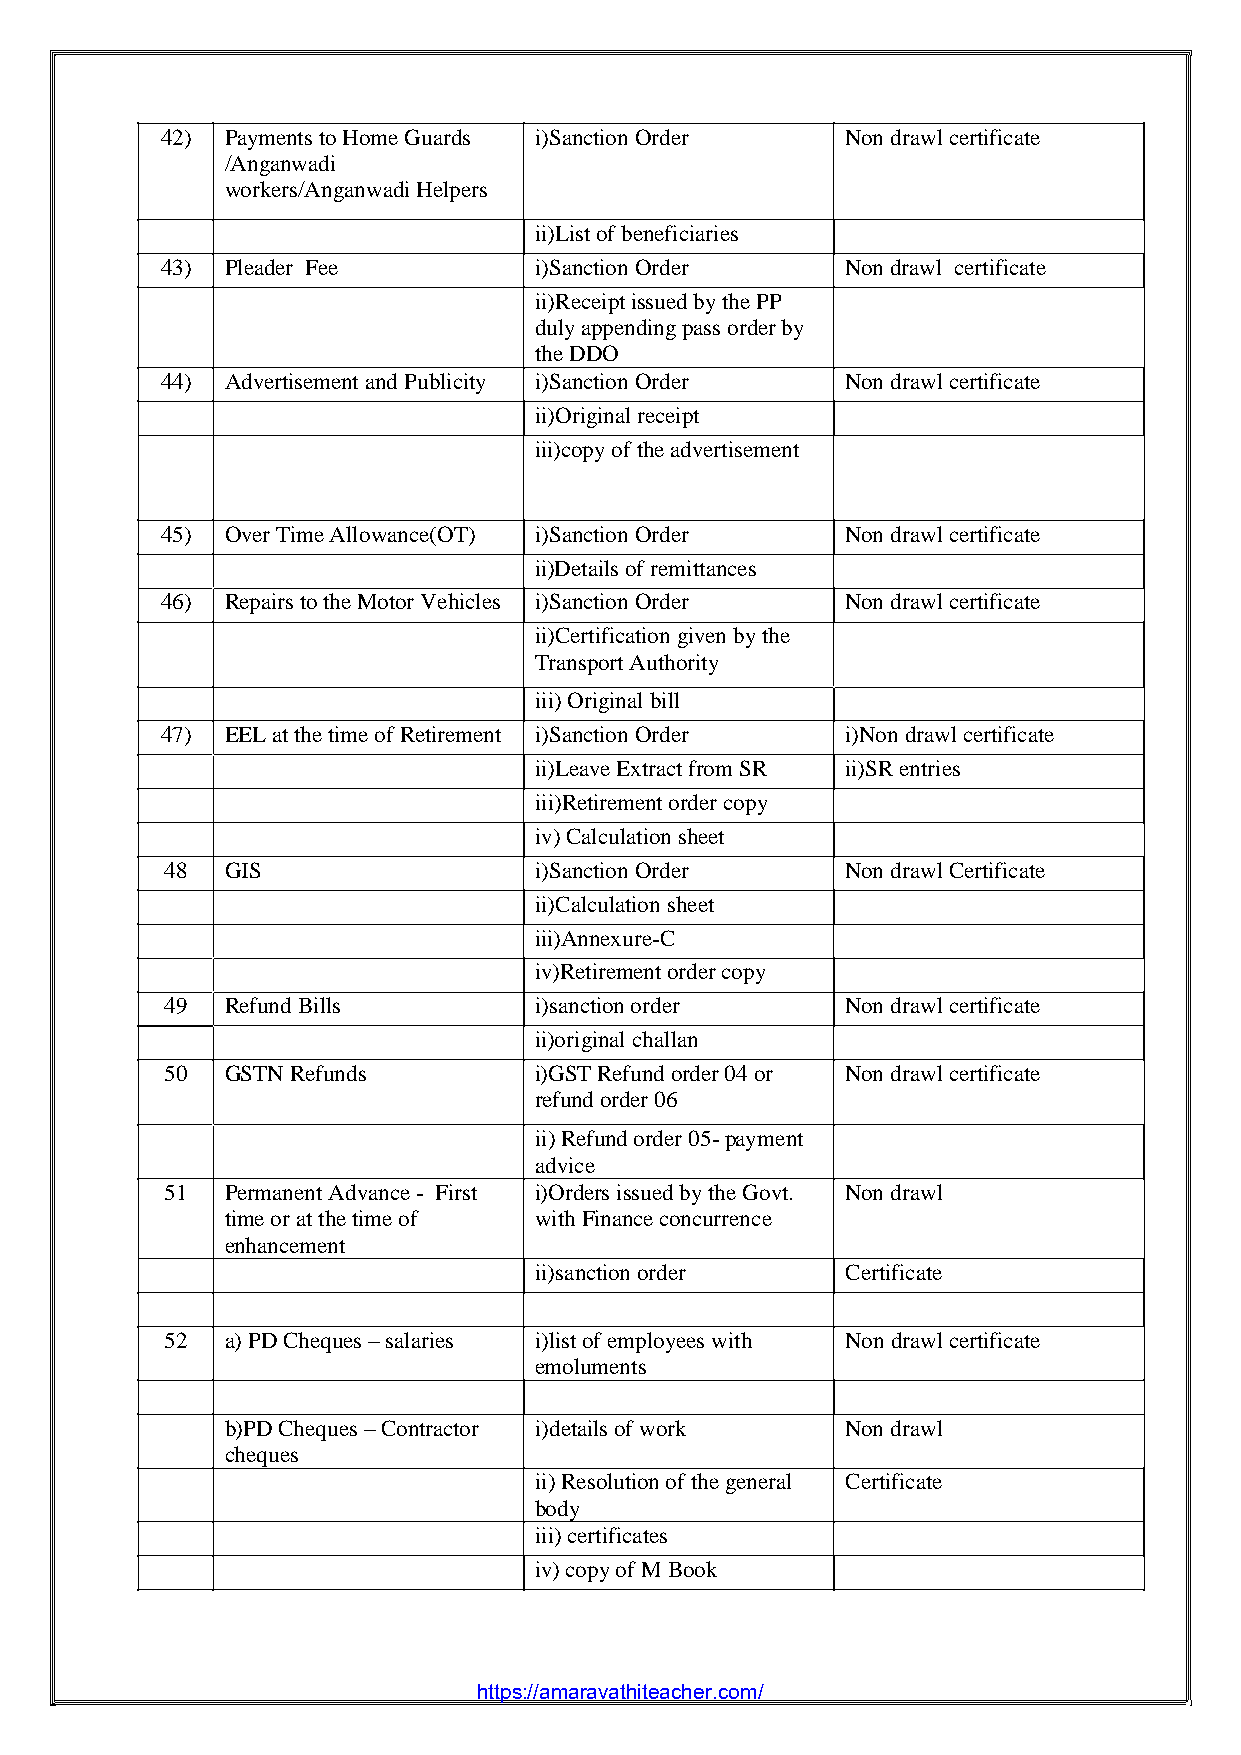
2020 of East Godavari Dist
 42) Payments to Home Guards i)Sanction Order Non drawl certificate
 /Anganwadi
 workers/Anganwadi Helpers
 ii)List of beneficiaries
 43) Pleader Fee         i)Sanction Order     Non drawl certificate
 ii)Receipt issued by the PP
 duly appending pass order by
 the DDO
 44) Advertisement and Publicity i)Sanction Order Non drawl certificate
 ii)Original receipt
 iii)copy of the advertisement
 45) Over Time Allowance(OT) i)Sanction Order Non drawl certificate
 ii)Details of remittances
 46) Repairs to the Motor Vehicles i)Sanction Order Non drawl certificate
 ii)Certification given by the
 Transport Authority
 iii)Original bill
 47) EEL at the time of Retirement i)Sanction Order i)Non drawl certificate
 ii)Leave Extract from SR ii)SR entries
 iii)Retirement order copy
 iv)Calculation sheet
 48  GIS                 i)Sanction Order     Non drawl Certificate
 ii)Calculation sheet
 iii)Annexure-C
 iv)Retirement order copy
 49  Refund Bills        i)sanction order     Non drawl certificate
 ii)original challan
 50  GSTN Refunds        i)GST Refund order 04 or Non drawl certificate
 refund order 06
 ii)Refund order 05- payment
 advice
 51  Permanent Advance - First i)Orders issued by the Govt. Non drawl
 time or at the time of with Finance concurrence
 enhancement
 ii)sanction order    Certificate
 52  a)PD Cheques – salaries i)list of employees with Non drawl certificate
 emoluments
 b)PD Cheques – Contractor i)details of work Non drawl
 cheques
 ii)Resolution of the general Certificate
 body
 iii)certificates
 iv)copy of M Book
 https://amaravathiteacher.com/